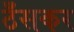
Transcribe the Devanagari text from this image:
ठँसकर